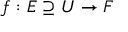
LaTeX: f : E \supseteq U \to F